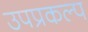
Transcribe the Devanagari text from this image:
उपप्रकल्प